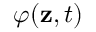
\varphi ( { \mathbf { z } } , t )